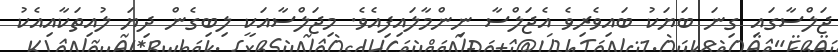
ޖަލްސާގައި ގިނަ ބަޔަކު ބައިވެރިވެ އެޖަލްސާ ނިންމާލައިފިއެވެ. މިޖަލްސާއަކީ ލިބިގެން ދިޔަ ލުއިތަކާއިއެކު